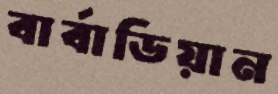
বার্বাডিয়ান